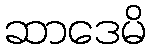
ဆာဒေမိ